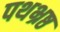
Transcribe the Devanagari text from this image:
पथभ्रष्ठ